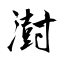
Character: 澍